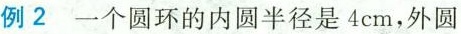
例2 一个圆环的内圆半径是4cm，外圆